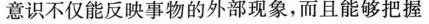
意识不仅能反映事物的外部现象，而且能够把握